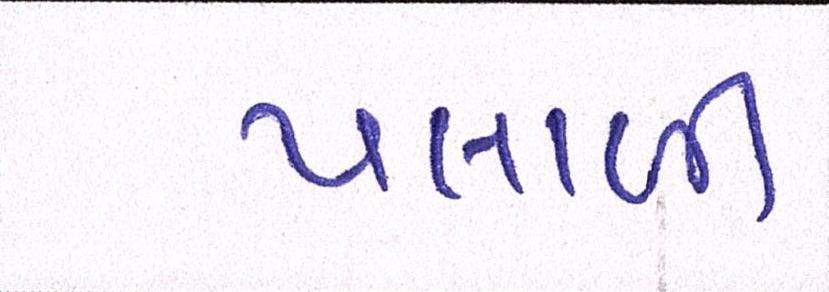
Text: પલાળી